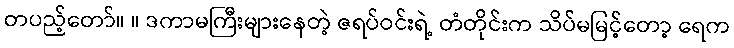
တပည့်တော်။ ။ ဒကာမကြီးများနေတဲ့ ဇရပ်ဝင်းရဲ့ တံတိုင်းက သိပ်မမြင့်တော့ ရေက